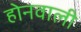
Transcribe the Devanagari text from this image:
होनवाली